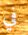
في